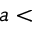
a <